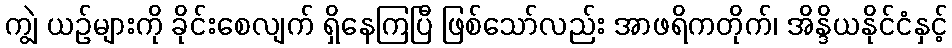
ကျွဲ ယဉ်များကို ခိုင်းစေလျက် ရှိနေကြပြီ ဖြစ်သော်လည်း အာဖရိကတိုက်၊ အိန္ဒိယနိုင်ငံနှင့်